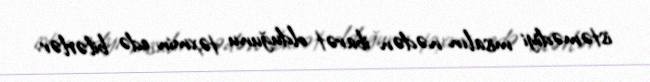
istəmədiyi misalın nədən ibarət olduğunu təxmin edə bilərlər.